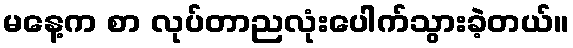
မနေ့က စာ လုပ်တာညလုံးပေါက်သွားခဲ့တယ်။